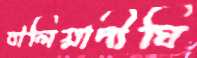
বালিয়াদীঘি